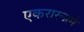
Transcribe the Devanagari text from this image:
एकरारनामे